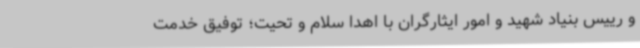
و رییس بنیاد شهید و امور ایثارگران با اهدا سلام و تحیت؛ توفیق خدمت